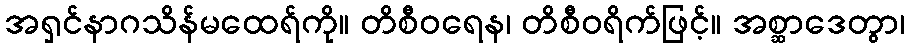
အရှင်နာဂသိန်မထေရ်ကို။ တိစီဝရေန၊ တိစီဝရိက်ဖြင့်။ အစ္ဆာဒေတွာ၊